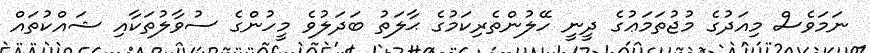
ނަމަވެސް މިއަދުގެ މުޖުތަމަޢުގެ ދީނީ ހޭލުންތެރިކަމުގެ ޙާލަތު ބަދަލުވެ މީހުންގެ ސުވާލުތަކާއި ޝައްކުތައް